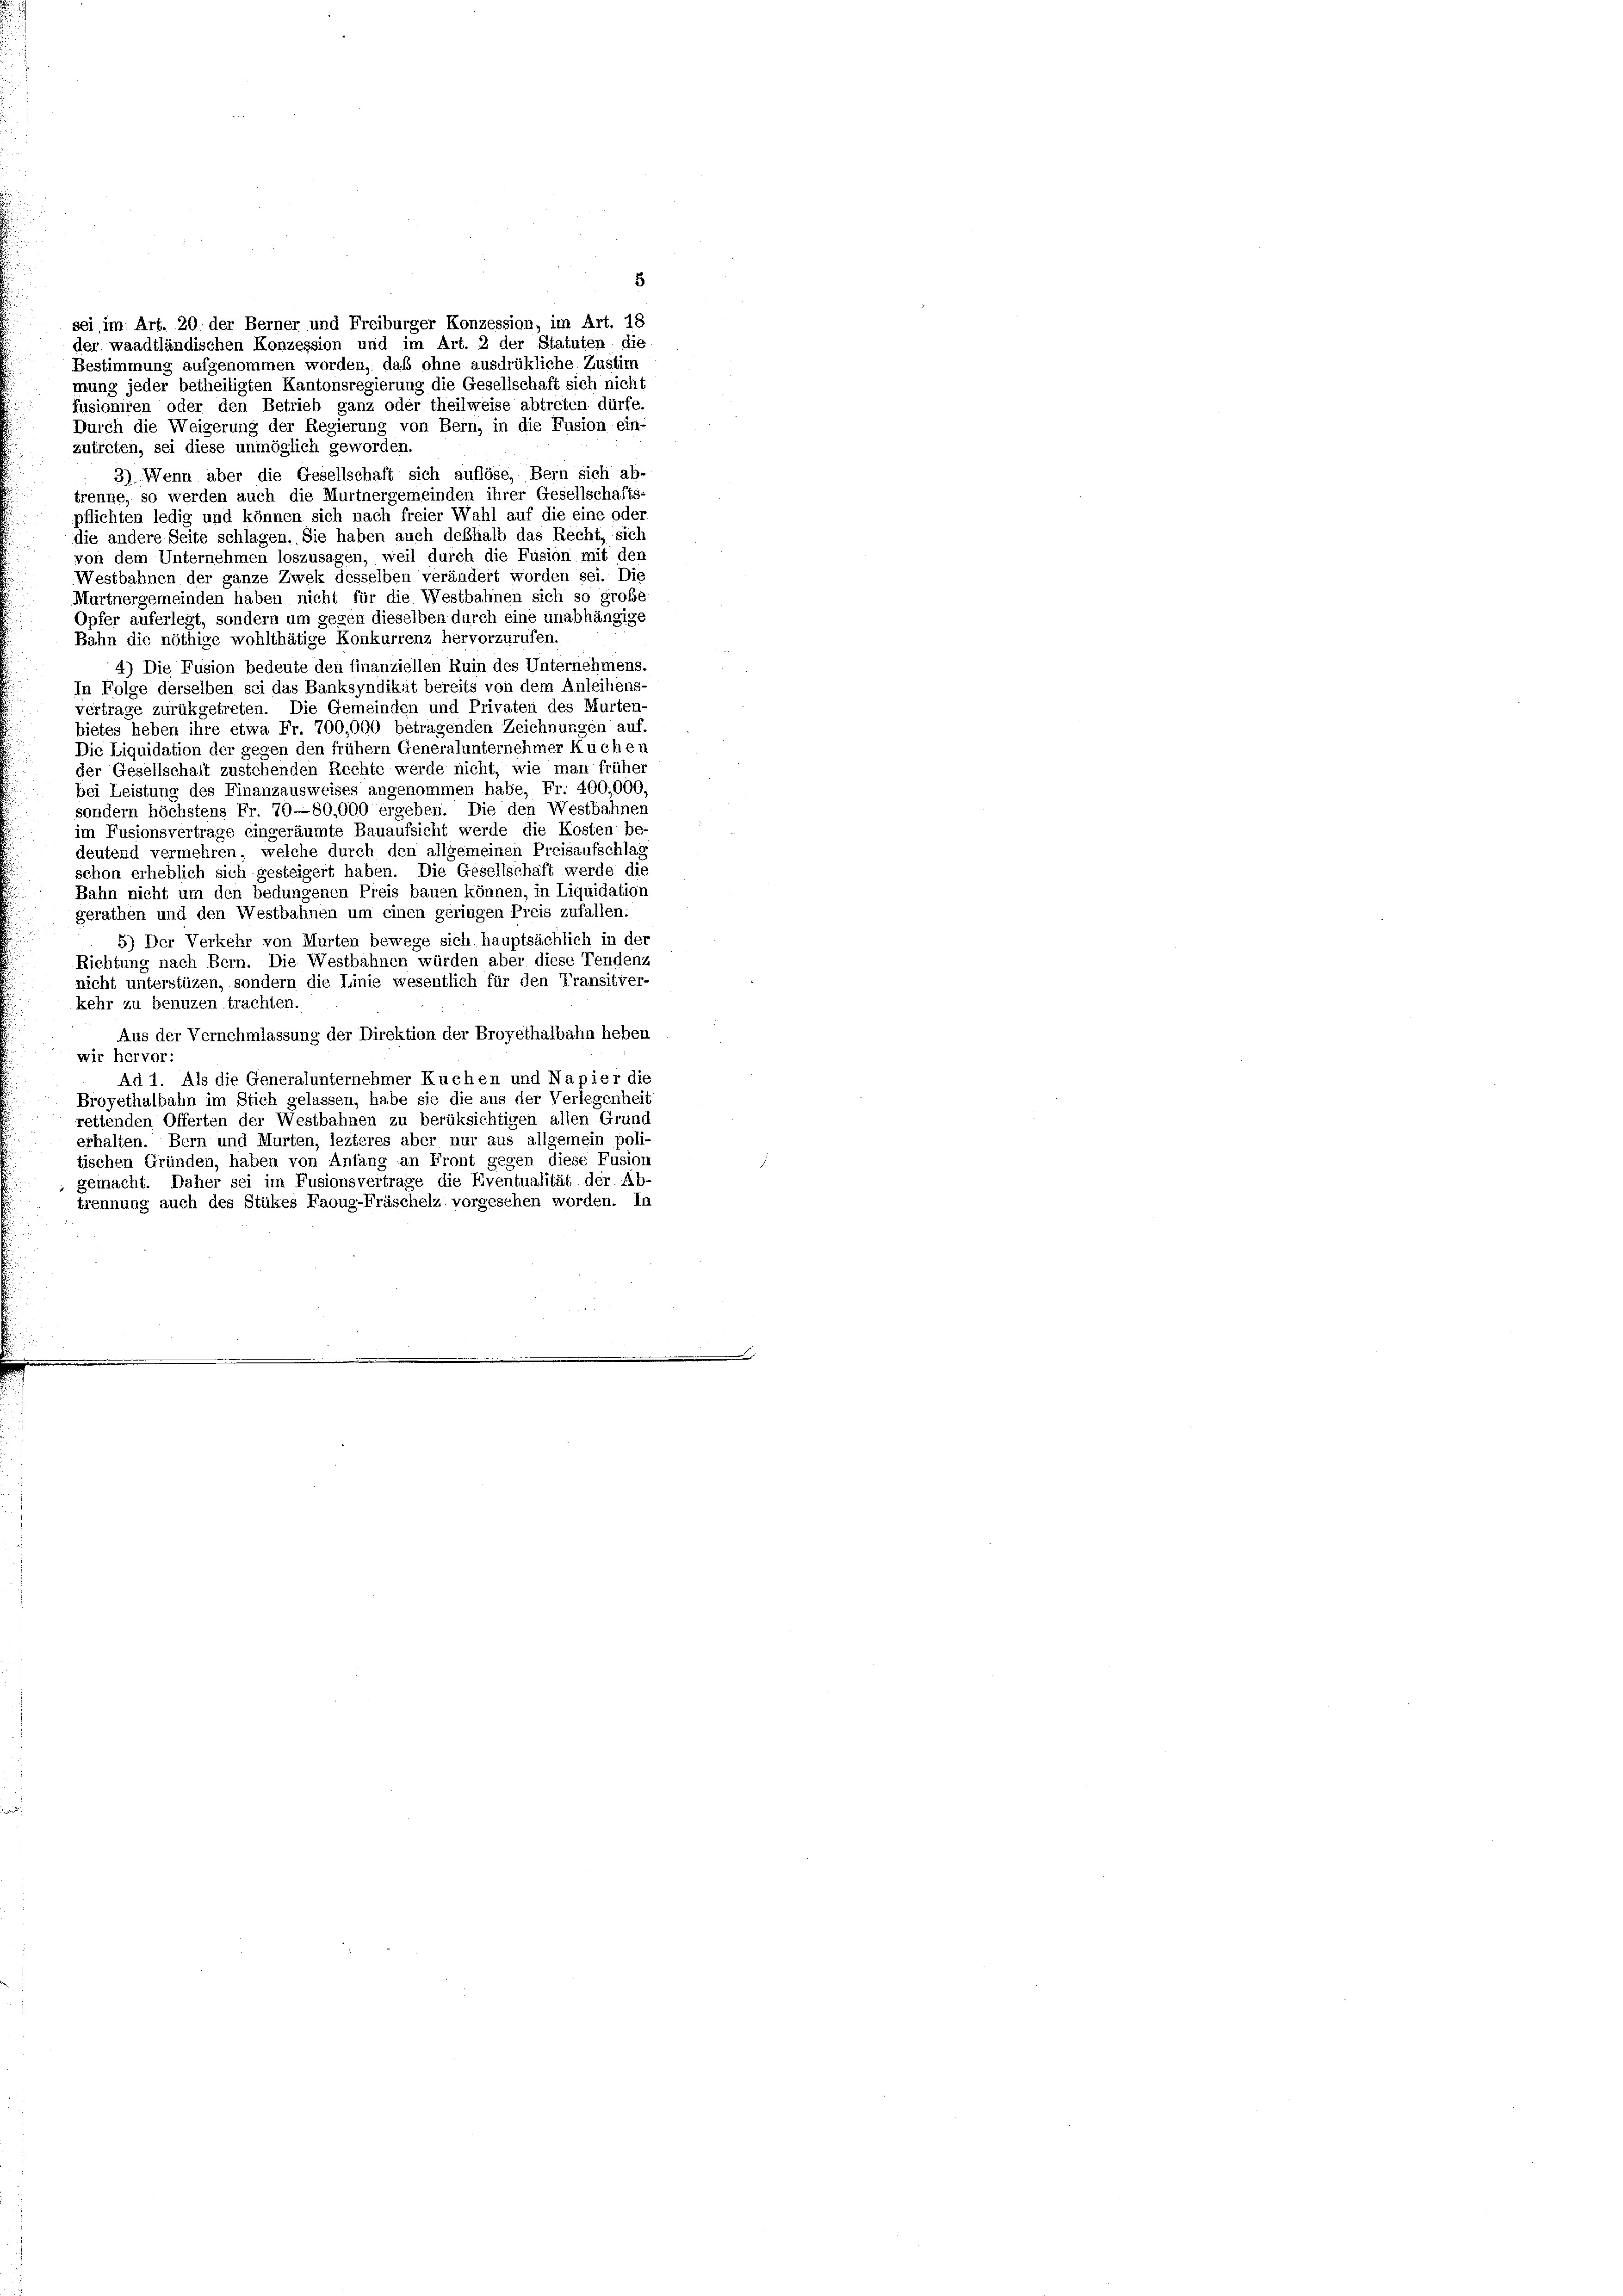
Durch die Weigerung der Regierung von Bern, in die Fusion ein-
zutreten, sei diese unmöglich geworden.
3) Wenn aber die Gesellschaft sich auflöse, Bern sich ab-
trenne, so werden auch die Murtnergemeinden ihrer Gesellschafts-
pflichten ledig und können sich nach freier Wahl auf die eine oder
die andere Seite schlagen. Sie haben auch deßhalb das Recht, sich
von dem Unternehmen loszusagen, weil durch die Fusion mit den
Westbahnen der ganze Zwek desselben verändert worden sei. Die
Murtnergemeinden haben nicht für die Westbahnen sich so große
Opfer auferlegt, sondern um gegen dieselben durch eine unabhängige
Bahn die nöthige wohlthätige Konkurrenz hervorzurufen.
4) Die Fusion bedeute den finanziellen Ruin des Unternehmens.
In Folge derselben sei das Banksyndikat bereits von dem Anleihens-
vertrage zurükgetreten. Die Gemeinden und Privaten des Murten-
bietes heben ihre etwa Fr. 700,000 betragenden Zeichnungen auf.
Die Liquidation der gegen den frühem Generalunternehmer Kuchen
der Gesellschalt zustehenden Rechte werde nicht, wie man früher
bei Leistung des Finanzausweises angenommen habe, Fr. 400,000,
sondern höchstens Fr. 70—80,000 ergeben. Die den Westbahnen
im Fusionsvertrage eingeräumte Bauaufsicht werde die Kosten be-
deutend vermehren, welche durch den allgemeinen Preisaufschlag
schon erheblich sich gesteigert haben. Die Gesellschaft werde die
Bahn nicht um den bedungenen Preis bauen können, in Liquidation
gerathen und den Westbahnen um einen geringen Preis zufallen:
5) Der Verkehr von Murten bewege sich. hauptsächlich in der
Richtung nach Bern. Die Westbahnen würden aber diese Tendenz
nicht unterstüzen, sondern die Linie wesentlich für den Transitver-
kehr zu benuzen trachten.
Aus der Vernehmlassung der Direktion der Broyethalbahn heben
wir hervor:
Ad 1. Als die Generalunternehmer Kuchen und Napier die
Broyethalbahn im Stich gelassen, habe sie die aus der Verlegenheit
rettenden Offerten der Westbahnen zu berüksichtigen allen Grund
erhalten. Bern und Murten, lezteres aber nur aus allgemein poli
tischen Gründen, haben von Anfang an Front gegen diese Fusion
gemacht. Daher sei im Fusionsvertrage die Eventualität der Ab-
trennung auch des Stükes Faoug-Fräschelz vorgesehen worden. In

sei, im Art. 20. der Berner und Freiburger Konzession, im Art. 18
der waadtländischen Konzession und im Art. 2 der Statuten die
Bestimmung aufgenommen worden, daß ohne ausdrükliche Zustim
mung jeder betheiligten Kantonsregierung die Gesellschaft sich nicht
fusioniren oder den Betrieb ganz oder theilweise abtreten dürfe.

8